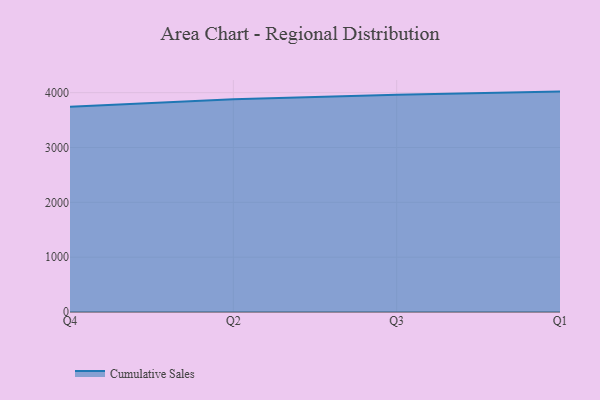
{"axis": {"x": "Quarter", "y": "Active Users"}, "legend": ["Cumulative Sales"], "data": [{"x": "Q4", "y": 3745.0, "type": "Cumulative Sales"}, {"x": "Q2", "y": 3881.8, "type": "Cumulative Sales"}, {"x": "Q3", "y": 3960.4, "type": "Cumulative Sales"}, {"x": "Q1", "y": 4019.7, "type": "Cumulative Sales"}]}